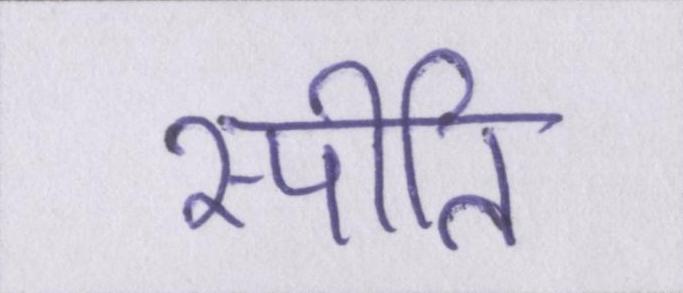
स्पीति